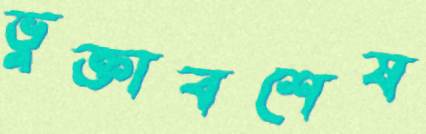
ভুক্তাবশেষ